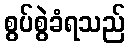
စွပ်စွဲခံရသည်